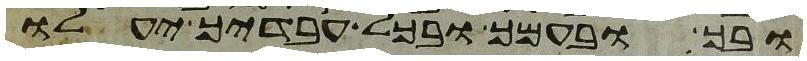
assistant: ובך ובעמך ובכל עבדיך יעלו